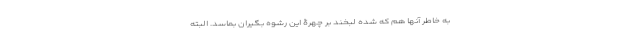
به خاطر آنها هم که شده لبخند بر چهرۀ این رشوه بگیران بماسد. البته